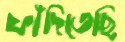
ফাঁদিতেছি